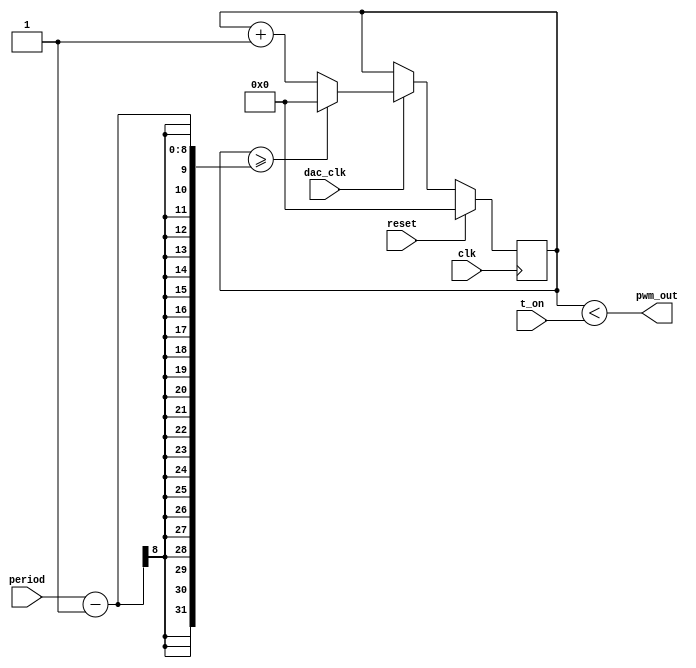
module dac #(parameter N = 8) (
    input wire clk,    	// clock
    input wire dac_clk,
    input wire reset,    	// reset
    input wire [N-1:0] t_on,	// on-time
    input wire [N-1:0] period,
    output wire pwm_out
);	
	// assign output
	assign pwm_out = pwm;
	
	// declare local registers
    reg [N-1:0] ctr_r;
    wire pwm = ctr_r < t_on;	// 1 while count value < t_on else 0
    
    // here is the action
    always @(posedge clk) begin
        if (reset) begin
            ctr_r <= 'd0;
        end else if (dac_clk) begin
			if(ctr_r >= period - 'd1) begin
				ctr_r <= 'd0;
			end else begin
				ctr_r <= ctr_r + 'd1;
			end
        end
    end
endmodule